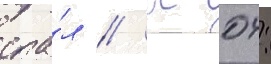
спа́л // К 04: